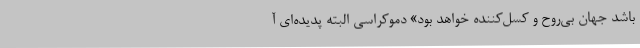
باشد جهان بی‌روح و کسل‌کننده خواهد بود» دموکراسی البته پدیده‌ای آ